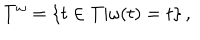
T ^ { \omega } = \{ t \in T | \omega ( t ) = t \} \, ,